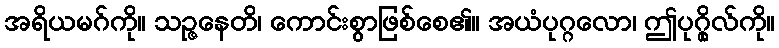
အရိယမဂ်ကို။ သဉ္ဇနေတိ၊ ကောင်းစွာဖြစ်စေ၏။ အယံပုဂ္ဂလော၊ ဤပုဂ္ဂိုလ်ကို။